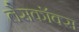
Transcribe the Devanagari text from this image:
लैसकॉक्स